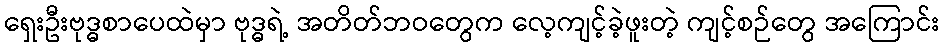
ရှေးဦးဗုဒ္ဓစာပေထဲမှာ ဗုဒ္ဓရဲ့ အတိတ်ဘဝတွေက လေ့ကျင့်ခဲ့ဖူးတဲ့ ကျင့်စဉ်တွေ အကြောင်း